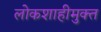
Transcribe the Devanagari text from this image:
लोकशाहीमुक्त